Annual report of the Civil Veterinary Department, Bengal, and of the Bengal Veterinary College for the year 1904-1905 - 1904-1905
Year: 1904
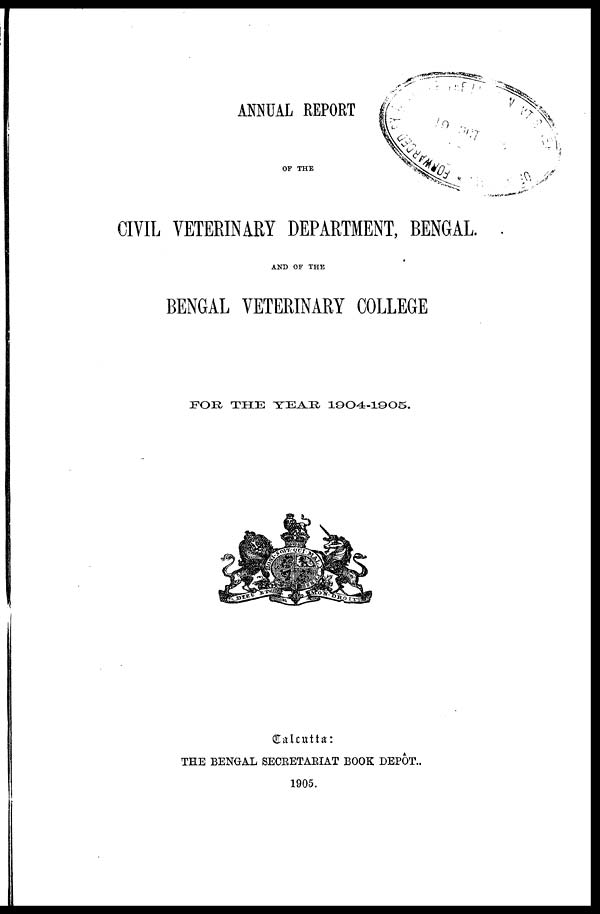
ANNUAL REPORT
OF THE
CIVIL VETERINARY DEPARTMENT, BENGAL.
AND OF THE
BENGAL VETERINARY COLLEGE
FOR THE YEAR 1904-1905.
THE BENGAL SECRETARIAT BOOK DEPOT..
1905.